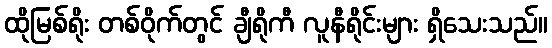
ထိုမြစ်ရိုး တစ်ဝိုက်တွင် ချီရိုကီ လူနီရိုင်းများ ရှိသေးသည်။